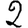
Digit: 2